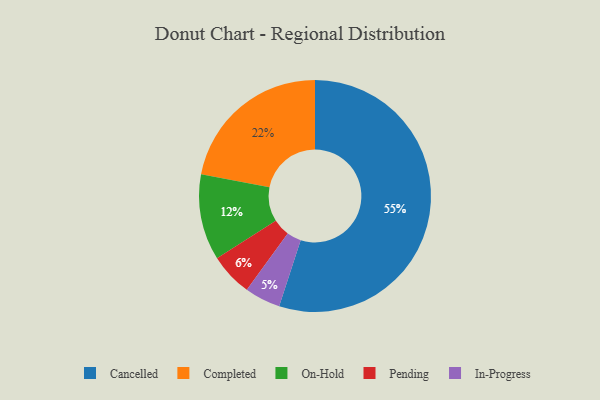
{"axis": {"x": "Category", "y": "Percentage"}, "legend": ["Cancelled", "Completed", "In-Progress", "On-Hold", "Pending"], "data": [{"x": "Cancelled", "y": 55, "type": "Cancelled"}, {"x": "On-Hold", "y": 12, "type": "On-Hold"}, {"x": "Pending", "y": 6, "type": "Pending"}, {"x": "Completed", "y": 22, "type": "Completed"}, {"x": "In-Progress", "y": 5, "type": "In-Progress"}]}